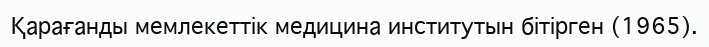
Қарағанды мемлекеттік медицина институтын бітірген (1965).